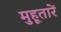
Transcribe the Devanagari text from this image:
मुहूतारें